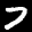
Label: 7